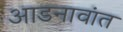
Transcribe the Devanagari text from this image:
आडनावांत